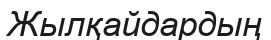
Жылқайдардың